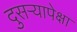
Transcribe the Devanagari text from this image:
दुसऱ्यापेक्षा